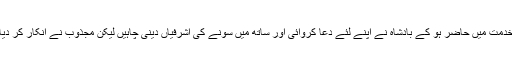
خدمت میں حاضر ہو کے بادشاہ نے اپنے لئے دعا کروائی اور ساتھ میں سونے کی اشرفیاں دینی چاہیں لیکن مجذوب نے انکار کر دیا۔